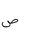
Letter: _sad